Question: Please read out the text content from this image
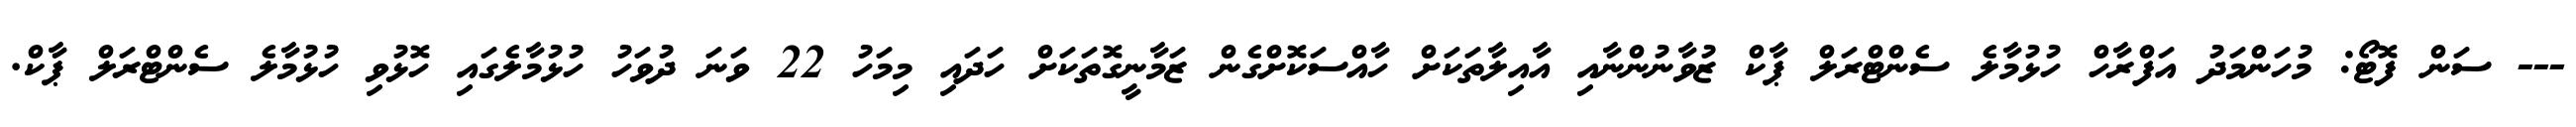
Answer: --- ސަން ފޮޓޯ: މުހަންމަދު އަފްރާހް ހުޅުމާލެ ސެންޓްރަލް ޕާކް ޒުވާނުންނާއި އާއިލާތަކަށް ހާއްސަކޮށްގެން ޒަމާނީގޮތަކަށް ހަދައި މިމަހު 22 ވަނަ ދުވަހު ހުޅުމާލެގައި ހޮޅުވި ހުޅުމާލެ ސެންޓްރަލް ޕާކް.